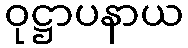
ဝုဋ္ဌာပနာယ